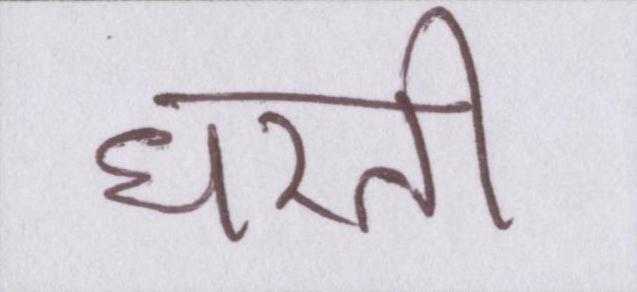
धरती